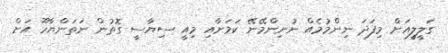
ގަލީލީއަށް މިފަދަ ނިންމުމެއް ނުނިންމޭނޭ ކަމަށާއި މިއީ ސިޔާސީ ގޮތުން ނަތަންޔާހޫ އަށް